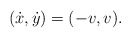
\begin{align*} (\dot x,\dot y) = (-v,v).\end{align*}